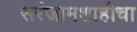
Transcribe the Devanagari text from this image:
सरंजामशाहीचा